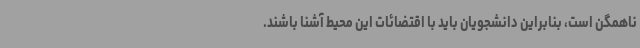
ناهمگن است، بنابراین دانشجویان باید با اقتضائات این محیط آشنا باشند.